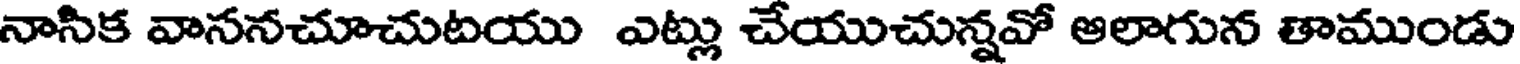
నాసిక వాననచూచుటయు ఎట్లు చేయుచున్నవో ఆలాగున తాముండు